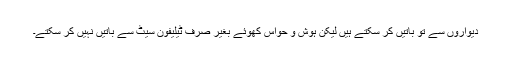
دیواروں سے تو باتیں کر سکتے ہیں لیکن ہوش و حواس کھوئے بغیر صرف ٹیلیفون سیٹ سے باتیں نہیں کر سکتے۔